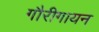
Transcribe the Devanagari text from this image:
गौरीगायन